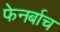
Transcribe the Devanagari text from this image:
फेनर्बाच